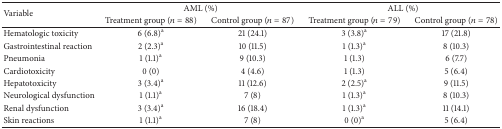
<table><thead><tr><td rowspan="2"><b>Variable</b></td><td colspan="2"><b>AML (%)</b></td><td colspan="2"><b>ALL (%)</b></td></tr><tr><td><b>Treatment group (<i>n</i> = 88)</b></td><td><b>Control group (<i>n</i> = 87)</b></td><td><b>Treatment group (<i>n</i> = 79)</b></td><td><b>Control group (<i>n</i> = 78)</b></td></tr></thead><tbody><tr><td>Hematologic toxicity</td><td>6 (6.8)<sup>a</sup></td><td>21 (24.1)</td><td>3 (3.8)<sup>a</sup></td><td>17 (21.8)</td></tr><tr><td>Gastrointestinal reaction</td><td>2 (2.3)<sup>a</sup></td><td>10 (11.5)</td><td>1 (1.3)<sup>a</sup></td><td>8 (10.3)</td></tr><tr><td>Pneumonia</td><td>1 (1.1)<sup>a</sup></td><td>9 (10.3)</td><td>1 (1.3)</td><td>6 (7.7)</td></tr><tr><td>Cardiotoxicity</td><td>0 (0)</td><td>4 (4.6)</td><td>1 (1.3)</td><td>5 (6.4)</td></tr><tr><td>Hepatotoxicity</td><td>3 (3.4)<sup>a</sup></td><td>11 (12.6)</td><td>2 (2.5)<sup>a</sup></td><td>9 (11.5)</td></tr><tr><td>Neurological dysfunction</td><td>1 (1.1)<sup>a</sup></td><td>7 (8)</td><td>1 (1.3)<sup>a</sup></td><td>8 (10.3)</td></tr><tr><td>Renal dysfunction</td><td>3 (3.4)<sup>a</sup></td><td>16 (18.4)</td><td>1 (1.3)<sup>a</sup></td><td>11 (14.1)</td></tr><tr><td>Skin reactions</td><td>1 (1.1)<sup>a</sup></td><td>7 (8)</td><td>0 (0)<sup>a</sup></td><td>5 (6.4)</td></tr></tbody></table>